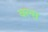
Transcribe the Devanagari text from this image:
वल्स